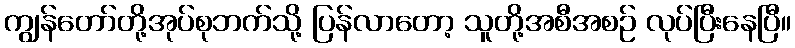
ကျွန်တော်တို့အုပ်စုဘက်သို့ ပြန်လာတော့ သူတို့အစီအစဉ် လုပ်ပြီးနေပြီ။